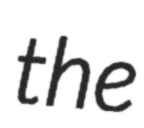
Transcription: the